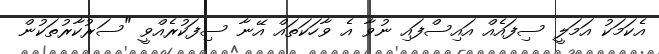
އެކަމަކު އަމަލީ ސިފައެއް އައިސްފައި ނުވާ އެ ވާހަކަތައް އޭނާ ސިފަކުރެއްވީ "ސަރުކާރުތަކުން